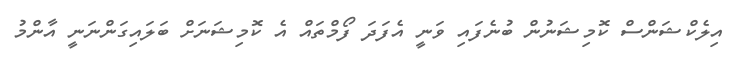
އިލެކްޝަންސް ކޮމިޝަނުން ބުނެފައި ވަނީ އެފަދަ ފޯމްތައް އެ ކޮމިޝަނަށް ބަލައިގަންނަނީ އާންމު